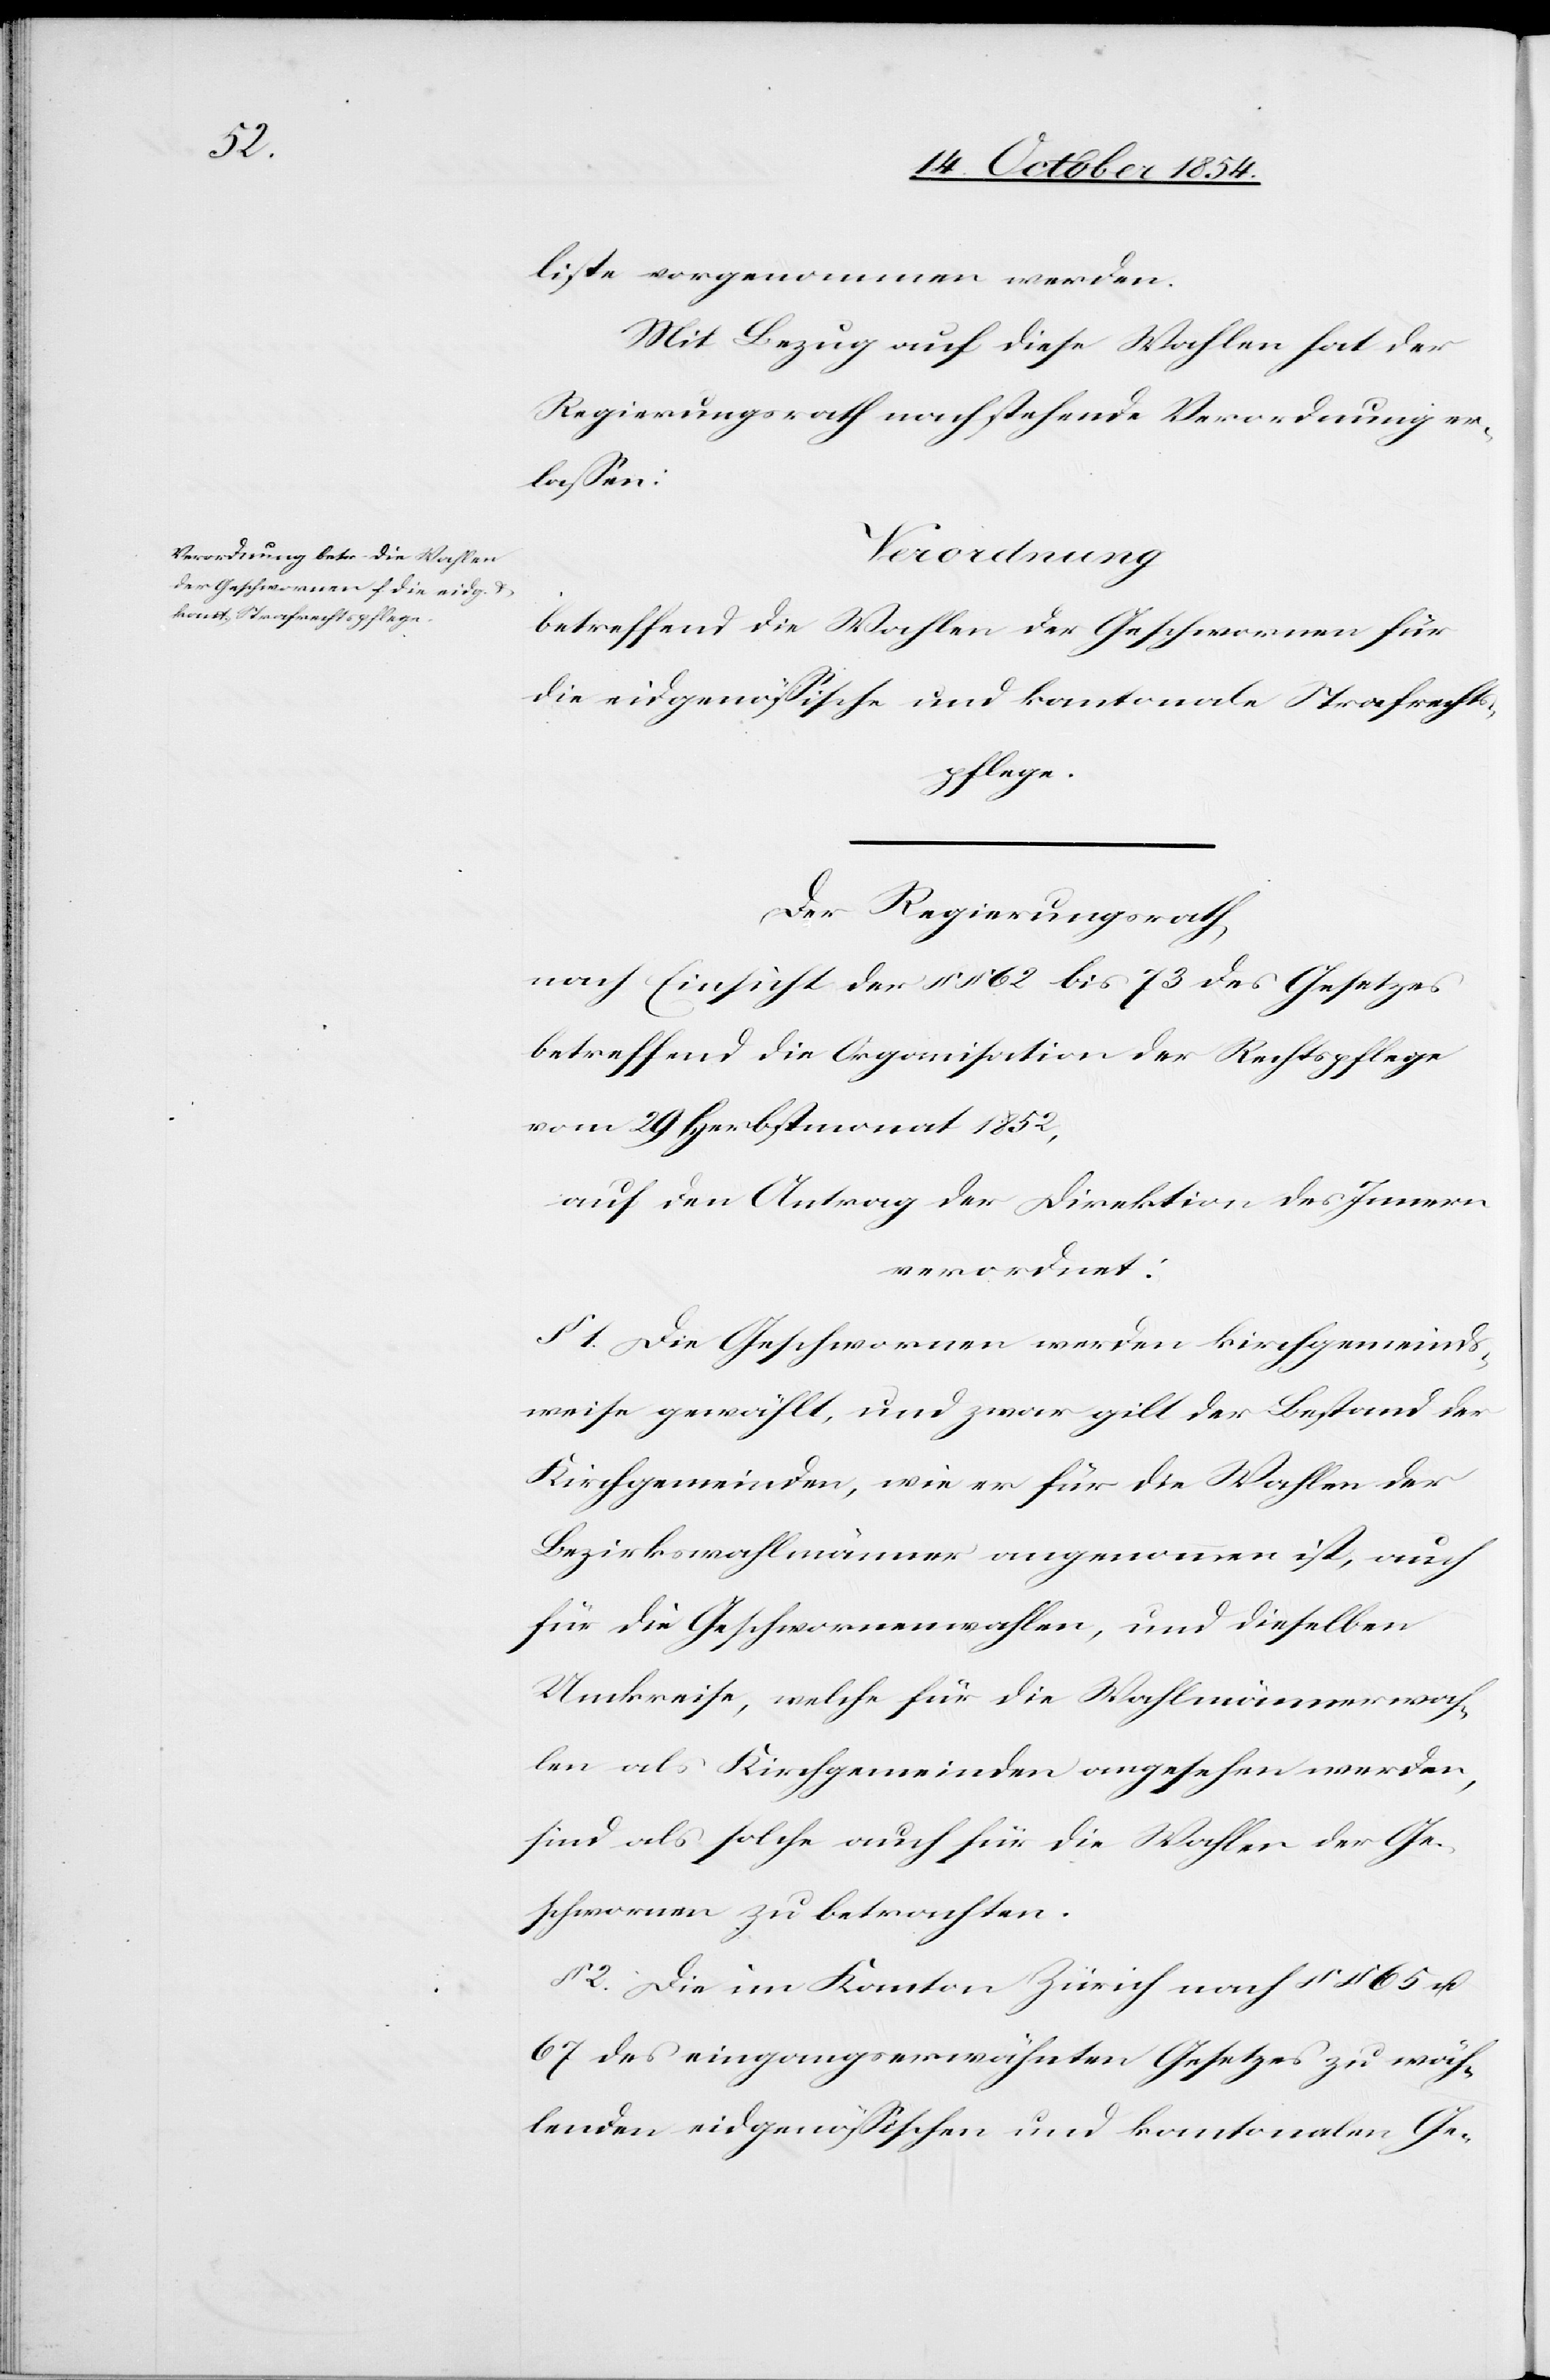
liste vorgenommen werden.
Mit Bezug auf diese Wahlen hat der
Regierungsrath nachstehende Verordnung er¬
laßen:
Verordnung
betreffend die Wahlen der Geschwornen für
die eidgenößische und kantonale Strafrechts¬
pflege.
Der Regierungsrath,
nach Einsicht der §§ 62 bis 73 des Gesetzes
betreffend die Organisation der Rechtspflege
vom 29 Herbstmonat 1852,
auf den Antrag der Direktion des Innern
verordnet:
§ 1. Die Geschwornen werden kirchgemeinds¬
weise gewählt, und zwar gilt der Bestand der
Kirchgemeinden, wie er für die Wahlen der
Bezirkswahlmännern angenommen ist, auch
für die Geschwornenwahlen, und dieselben
Umkreise, welche für die Wahlmännerwah¬
len als Kirchgemeinden angesehen werden,
sind als solche auch für die Wahlen der Ge¬
schwornen zu betrachten.
2. Die im Kanton Zürich nach §§ 65 u.
67 des eingangserwähnten Gesetzes zu wäh¬
lenden eidgenößischen und kantonalen Ge-